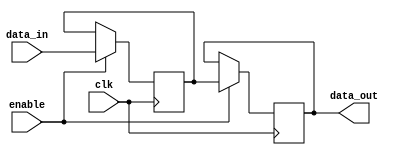
module memory_block (
    input wire clk,          // Clock signal
    input wire enable,       // Enable signal
    input wire [7:0] data_in, // Data input
    output reg [7:0] data_out // Data output
);

// Memory storage (8-bit wide, 16 depth)
reg [7:0] memory [0:15];

// Synchronous write operation
always @(posedge clk) begin
    if (enable) begin
        // Write data to memory when enabled
        memory[0] <= data_in; // Example: writing to address 0
    end
end

// Synchronous read operation
always @(posedge clk) begin
    if (enable) begin
        // Read data from memory when enabled
        data_out <= memory[0]; // Example: reading from address 0
    end
end

endmodule